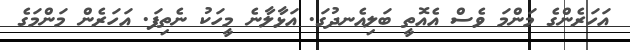
އަހަރެންގެ މަންމަ ވެސް އެއޮތީ ބަލިއެނދުގަ. އަޅާލާނެ މީހަކު ނެތިފަ. އަހަރެން މަންމަގެ